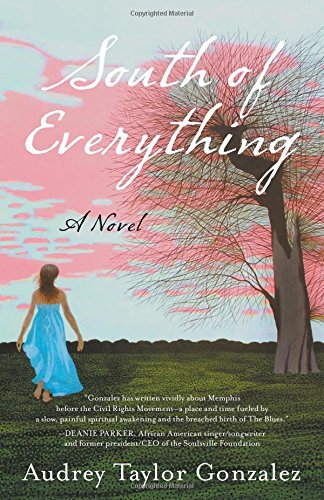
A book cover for South of Everything: A Novel; Audrey Taylor Gonzalez; Science Fiction & Fantasy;